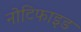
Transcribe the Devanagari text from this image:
नोटिफाइड